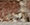
أيها